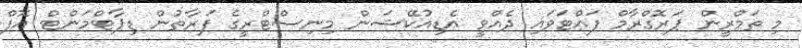
މި ތަމްރީން ޕަރޮގްރާމް ފައްޓަވައި ދެއްވީ އެޑިއުކޭޝަން މިނިސްޓްރީގެ ފަރާތުން ޑިޕާޓްމަންޓް އޮފް